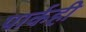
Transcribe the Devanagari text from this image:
पार्कही